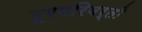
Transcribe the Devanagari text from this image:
दूरपरिवर्ती